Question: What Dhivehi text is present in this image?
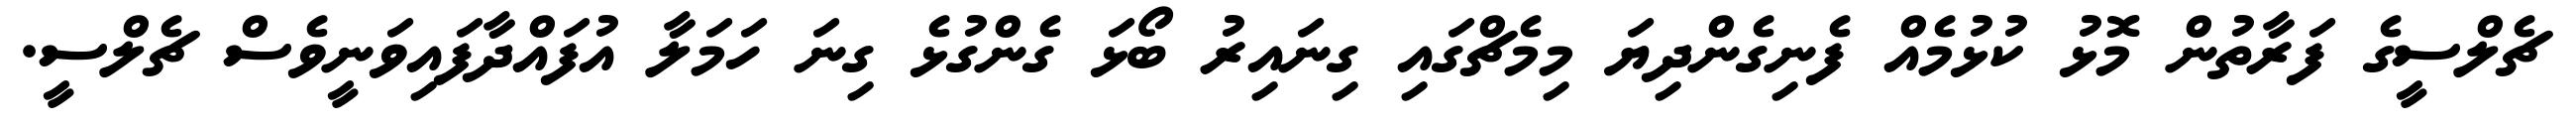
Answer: ޗެލްސީގެ ފަރާތުން މޮޅު ކުޅުމެއް ފެނިގެންދިޔަ މިމެޗްގައި ގިނައިރު ބޯޅަ ގެންގުޅެ ގިނަ ހަމަލާ އުފައްދާފައިވަނީވެސް ޗެލްސީ.